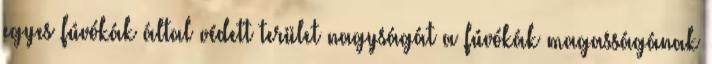
egyes fúvókák által védett terület nagyságát a fúvókák magasságának